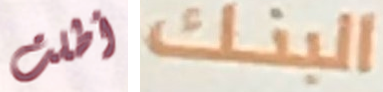
أطلت البنك